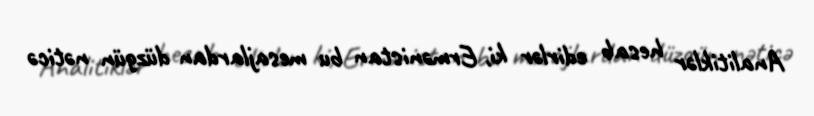
Analitiklər hesab edirlər ki, Ermənistan bu mesajlardan düzgün nəticə